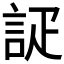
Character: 𮘇